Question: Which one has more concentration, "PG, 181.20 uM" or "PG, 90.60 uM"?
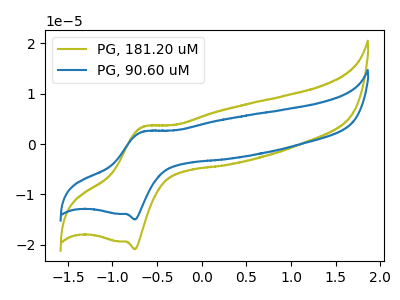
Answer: <think>The olive curve "PG, 181.20 uM" has an anodic peak at (-0.65V, 3.45uA) and a cathodic peak at (-0.75V, -20.85uA). The blue curve "PG, 90.60 uM" has an anodic peak at (-0.65V, 2.50uA) and a cathodic peak at (-0.75V, -14.95uA).
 All the peaks in "PG, 181.20 uM" have a peak in "PG, 90.60 uM" at the same potential. Every peak in "PG, 181.20 uM" is higher than every peak in "PG, 90.60 uM".</think>
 <answer>"PG, 181.20 uM" has more signal than "PG, 90.60 uM" and so likely has a higher concentration.</answer>
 <eval>more_concentration</eval>